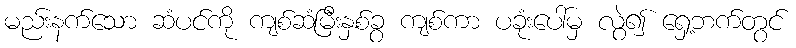
မည်းနက်သော ဆံပင်ကို ကျစ်ဆံမြီးနှစ်ခွ ကျစ်ကာ ပခုံးပေါ်မှ လွဲ၍ ရှေ့ဘက်တွင်